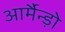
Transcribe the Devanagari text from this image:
आर्मैन्ड़ो